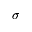
\sigma